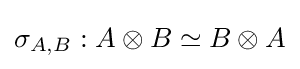
\sigma _{A,B}:A\otimes B\simeq B\otimes A